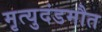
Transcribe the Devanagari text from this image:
मृत्युदंडमौत